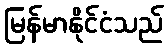
မြန်မာနိုင်ငံသည်